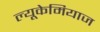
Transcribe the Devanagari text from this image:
ल्यूकेमियाज